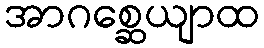
အာဂစ္ဆေယျာထ